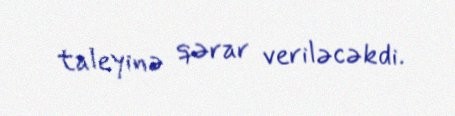
taleyinə qərar veriləcəkdi.